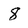
Character: 8